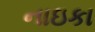
નાઇકા